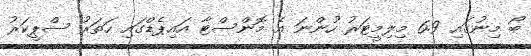
ބޯ މިނުގައި 6.9 މިލިމީޓަރު ހުންނަ އެ މޮންސްޓާ އައިޕެޑްގައި ހަތަރު ސްޕީކަރު